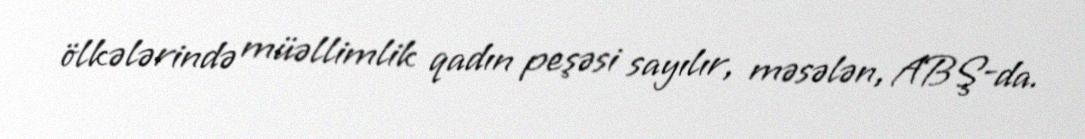
ölkələrində müəllimlik qadın peşəsi sayılır, məsələn, ABŞ-da.